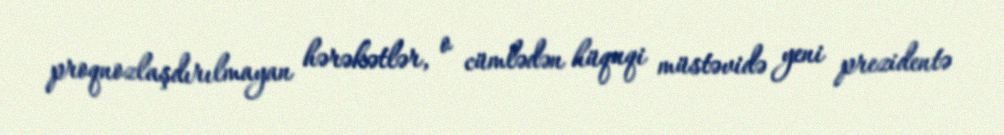
proqnozlaşdırılmayan hərəkətlər, o cümlədən hüquqi müstəvidə yeni prezidentə